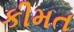
કીમત